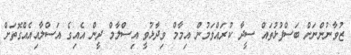
ޒުވާނުންނަށް ބަސްފުޅުތައް ސީދާ ކުރައްވަމުން އިމާމް ވިދާޅުވީ އިސްލާމް ދީން އެއިގެ އަސްލާއިއެއްގޮތަށް